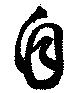
自